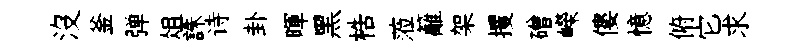
沒釜弹俎誅诗卦暉黑梏蒞籬架攫磳嶸僂憶俯它求